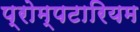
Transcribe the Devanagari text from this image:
प्रोम्पटारियम